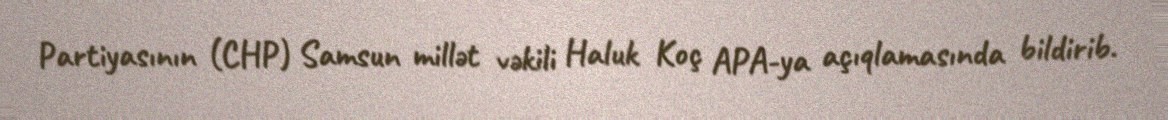
Partiyasının (CHP) Samsun millət vəkili Haluk Koç APA-ya açıqlamasında bildirib.